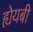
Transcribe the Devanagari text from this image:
ह्येयबी